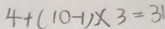
4 + ( 1 0 - 1 ) \times 3 = 3 1